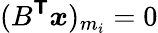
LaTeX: (B^{\boldsymbol{\mathsf{T}}}\boldsymbol{x})_{m_{i}}=0